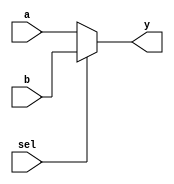
//-----------------------------------------------------------------------------
// Title         : 2-1 multiplexer
//-----------------------------------------------------------------------------

module mux2( sel, a, b, y );
    parameter bitwidth=32;
    input sel;
    input  [bitwidth-1:0] a, b;
    output [bitwidth-1:0] y;

    assign y = sel ? b : a;
endmodule